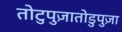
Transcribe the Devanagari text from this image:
तोटुपुज़ातोडुपुज़ा